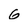
Character: 6